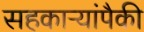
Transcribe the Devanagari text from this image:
सहकाऱ्यांपैकी